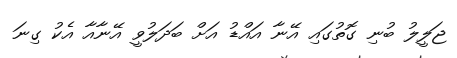
ޖަލީލު ބުނި ގޮތުގައި އޭނާ އައްޑު އަށް ބަދަލުވީ އޭނާއާ އެކު ގިނަ